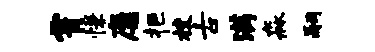
霄慊靡拒校古满淼嗣